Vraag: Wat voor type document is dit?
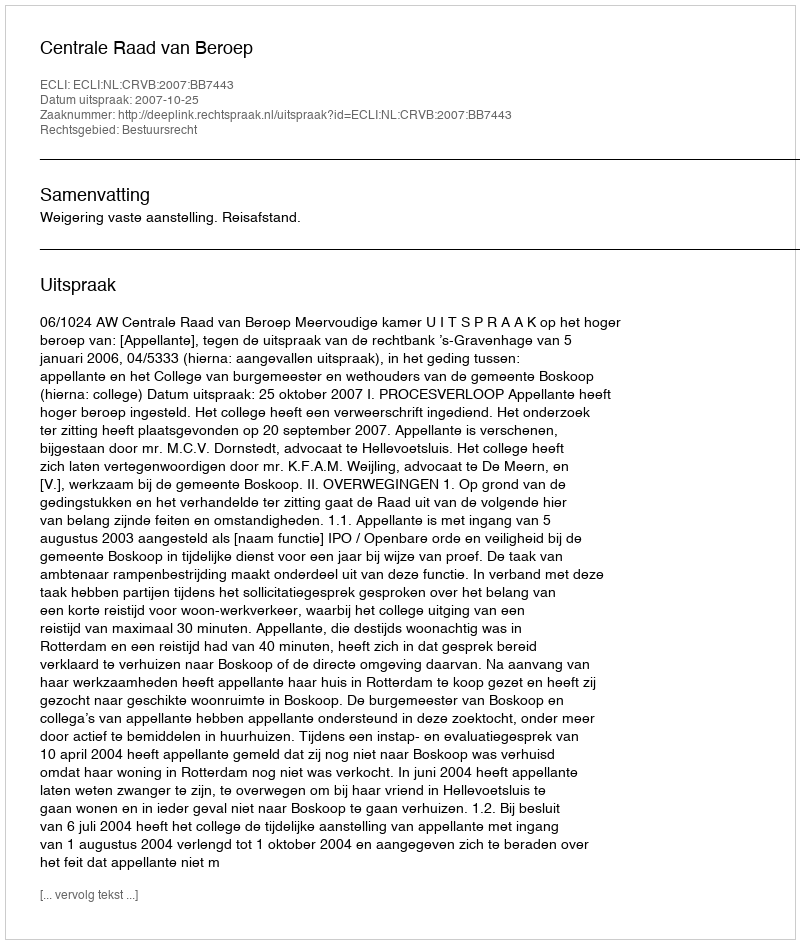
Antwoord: Uitspraak